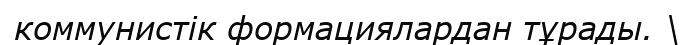
коммунистік формациялардан тұрады. \